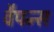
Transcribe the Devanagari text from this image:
वैपन्स